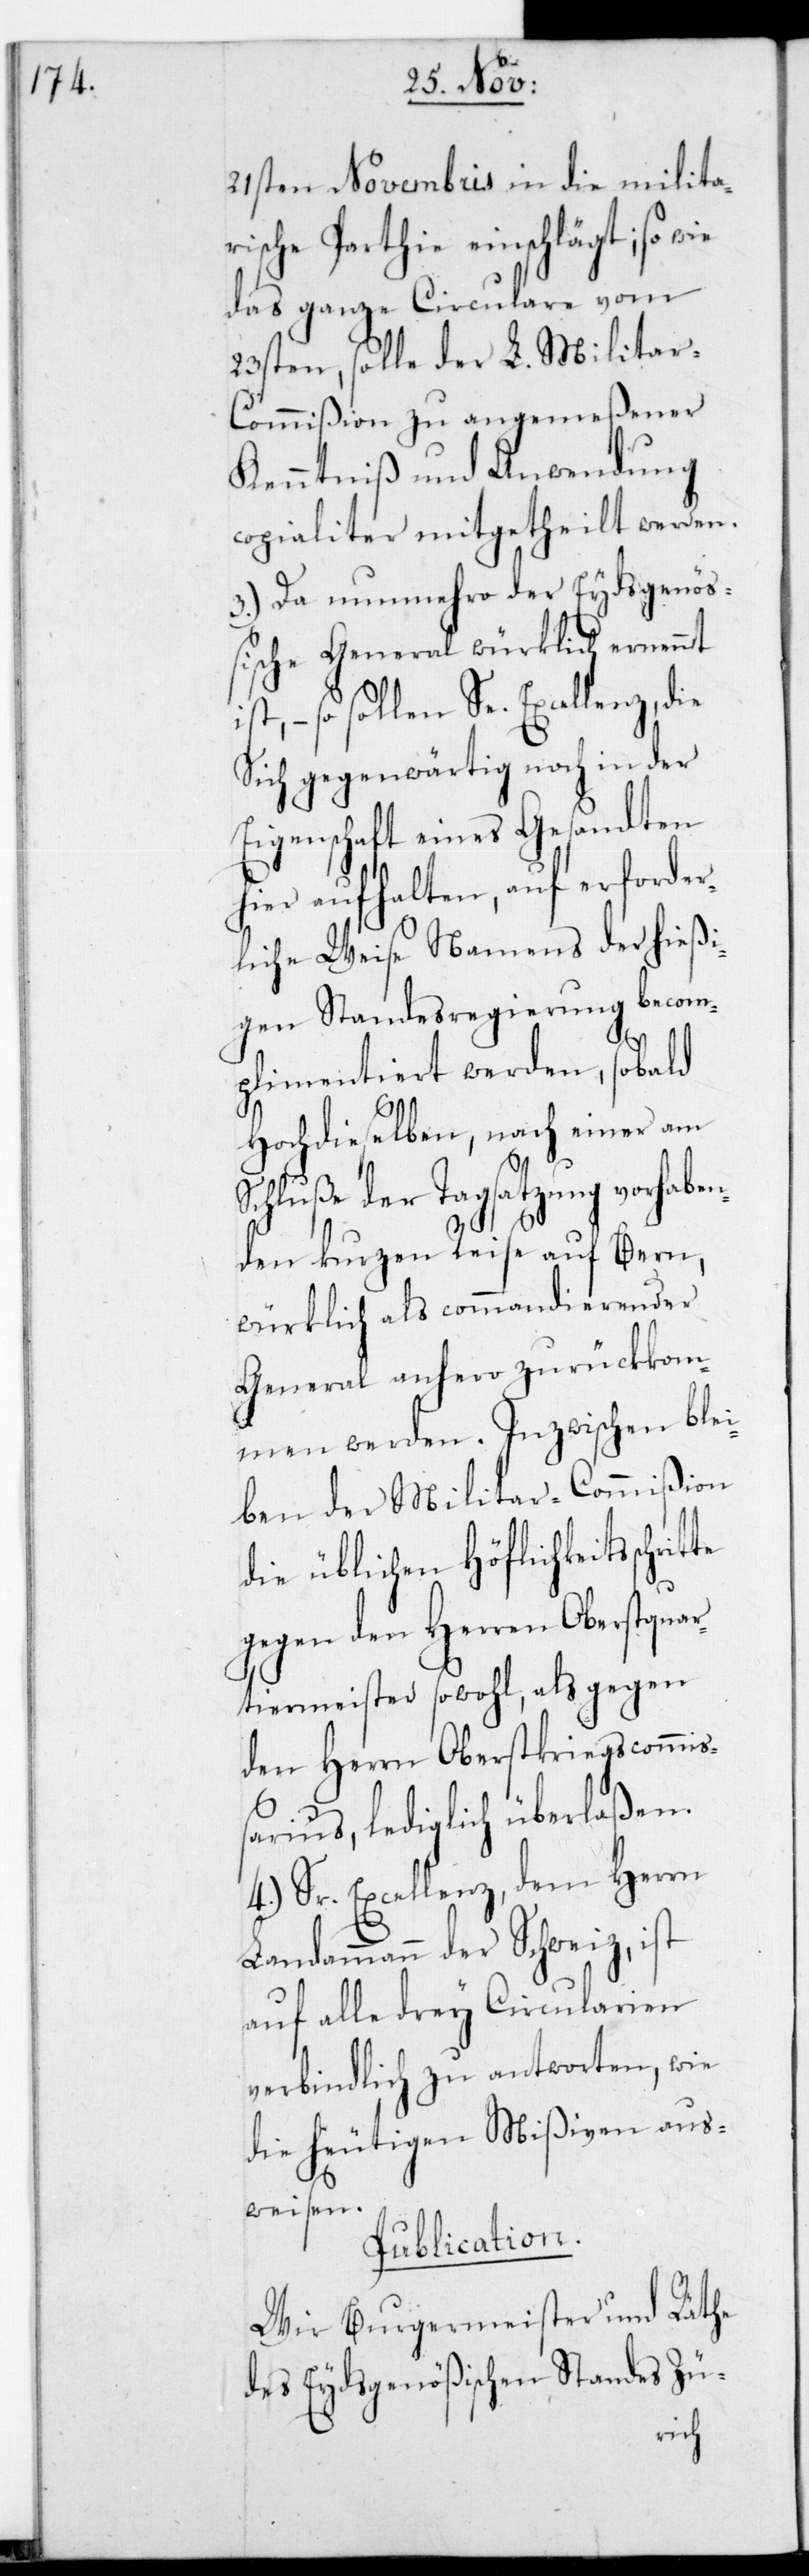
te

21sten Novembris in die milita¬
rische Partie einschlägt; so wie
das ganze Circulare vom
23sten, solle der L. Militar-C¬
ommißion zu angemeßener
Kenntniß und Anwendung
copialiter mitgetheilt werden.
3.) Da nunmehro der Eydsgenöß¬
ische General würklich ernennt
so sollen Se. Excellenz, die
sich gegenwärtig noch in der
Eigenschaft eines Gesandten
hier aufhalten, auf erforder¬
liche Weise namens der hießi¬
gen Standesregierung becom¬
plimentiert werden, sobald
Hochdieselben, nach einer am
Schluße der Tagsatzung vorhaben¬
den kurzen Reise auf Bern,
würklich als commandierender
General anhero zurückkom¬
men werden. Inzwischen blei¬
ben der Militar-Commißion
die üblichen Höflichkeitsschrit¬
gegen den Herren Oberstquar¬
tiermeister sowohl als gegen
den Herrn Oberstkriegscommiß¬
arius, lediglich überlaßen.
4.) Sr. Excellenz dem Herrn
Landammann der Schweiz ist
auf alle drey Circularien
verbindlich zu antworten, wie
die heutigen Mißiven aus¬
weisen.
Publication.
Wir Burgermeister und Räthe
des Eydsgenößischen Standes Zü-